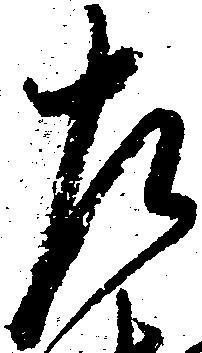
左